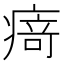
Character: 𭼝